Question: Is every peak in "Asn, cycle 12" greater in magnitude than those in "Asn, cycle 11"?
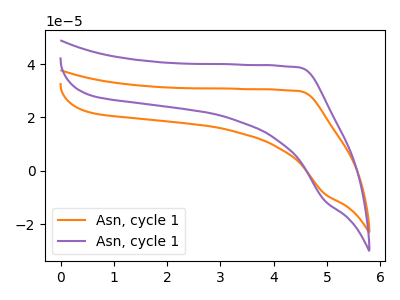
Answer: <think>The orange curve "Asn, cycle 11" has no peaks. The purple curve "Asn, cycle 12" has no peaks.</think>
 <answer>Niether CV has any peaks.</answer>
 <eval>blanks</eval>